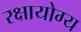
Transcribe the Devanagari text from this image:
रक्षायोग्य